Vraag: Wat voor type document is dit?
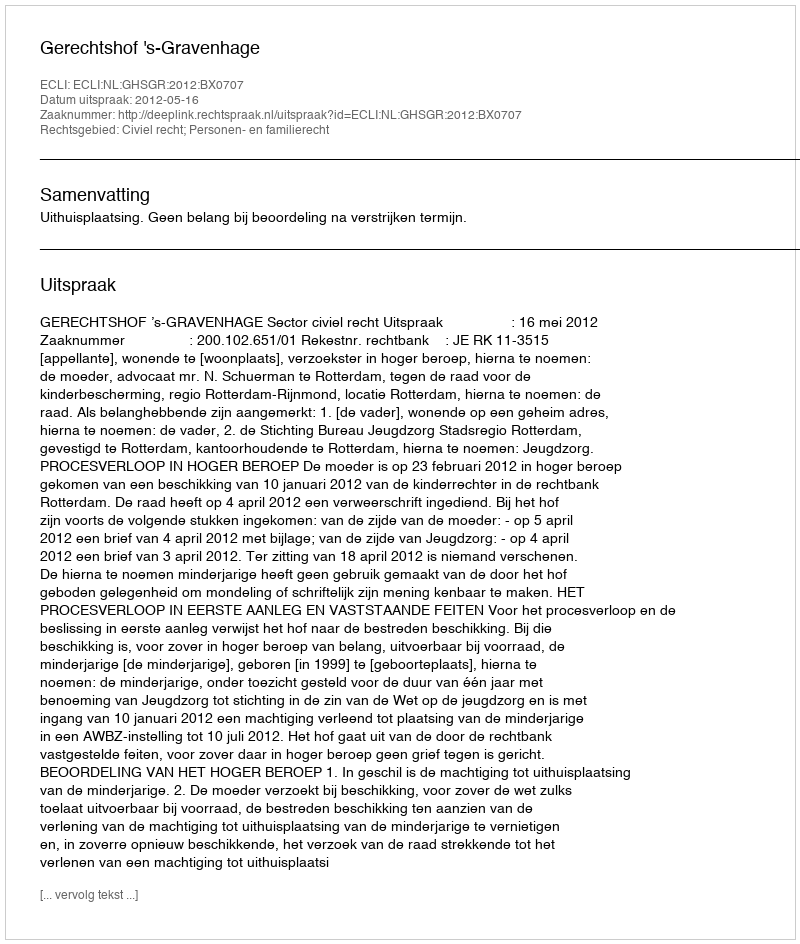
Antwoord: Uitspraak